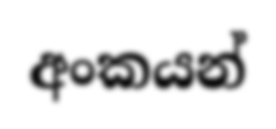
අංකයන්